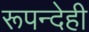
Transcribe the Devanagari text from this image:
रूपन्देही